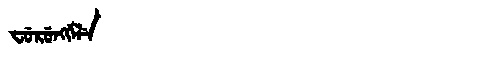
Manchu: ᠸᡠᡵᡠᠩᡤᡝᠯᡝ
Romanization: FURUNGGELE